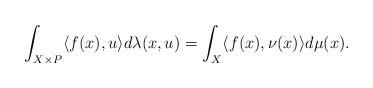
\begin{align*} \int_{X\times P} \langle f(x),u\rangle d\lambda(x,u) =\int_X \langle f(x),\nu(x)\rangle d\mu (x).\end{align*}